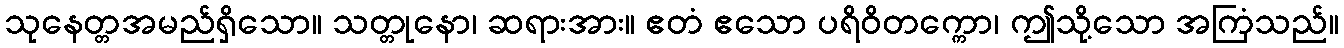
သုနေတ္တအမည်ရှိသော။ သတ္တုနော၊ ဆရားအား။ ဧတံ ဧသော ပရိဝိတက္ကော၊ ဤသို့သော အကြံသည်။